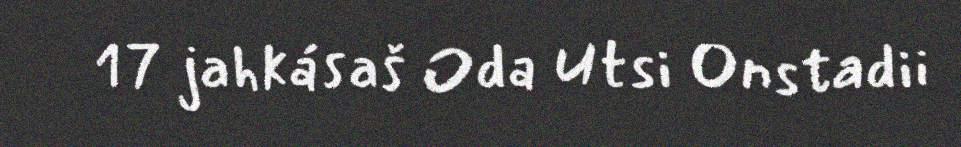
17 jahkásaš Oda Utsi Onstadii